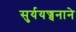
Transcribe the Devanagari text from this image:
सुर्ययज्वनाने